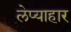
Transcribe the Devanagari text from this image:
लेप्याहार